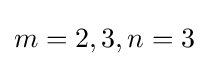
m=2,3,n=3